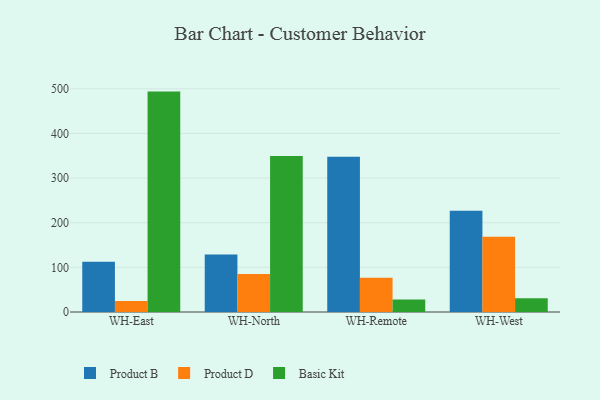
{"axis": {"x": "Warehouse", "y": "Budget (USD K)"}, "legend": ["Basic Kit", "Product B", "Product D"], "data": [{"x": "WH-East", "y": 112.6, "type": "Product B"}, {"x": "WH-East", "y": 24.7, "type": "Product D"}, {"x": "WH-East", "y": 493.6, "type": "Basic Kit"}, {"x": "WH-North", "y": 128.9, "type": "Product B"}, {"x": "WH-North", "y": 85.1, "type": "Product D"}, {"x": "WH-North", "y": 349.5, "type": "Basic Kit"}, {"x": "WH-Remote", "y": 347.7, "type": "Product B"}, {"x": "WH-Remote", "y": 76.8, "type": "Product D"}, {"x": "WH-Remote", "y": 28.0, "type": "Basic Kit"}, {"x": "WH-West", "y": 227.0, "type": "Product B"}, {"x": "WH-West", "y": 168.6, "type": "Product D"}, {"x": "WH-West", "y": 30.9, "type": "Basic Kit"}]}